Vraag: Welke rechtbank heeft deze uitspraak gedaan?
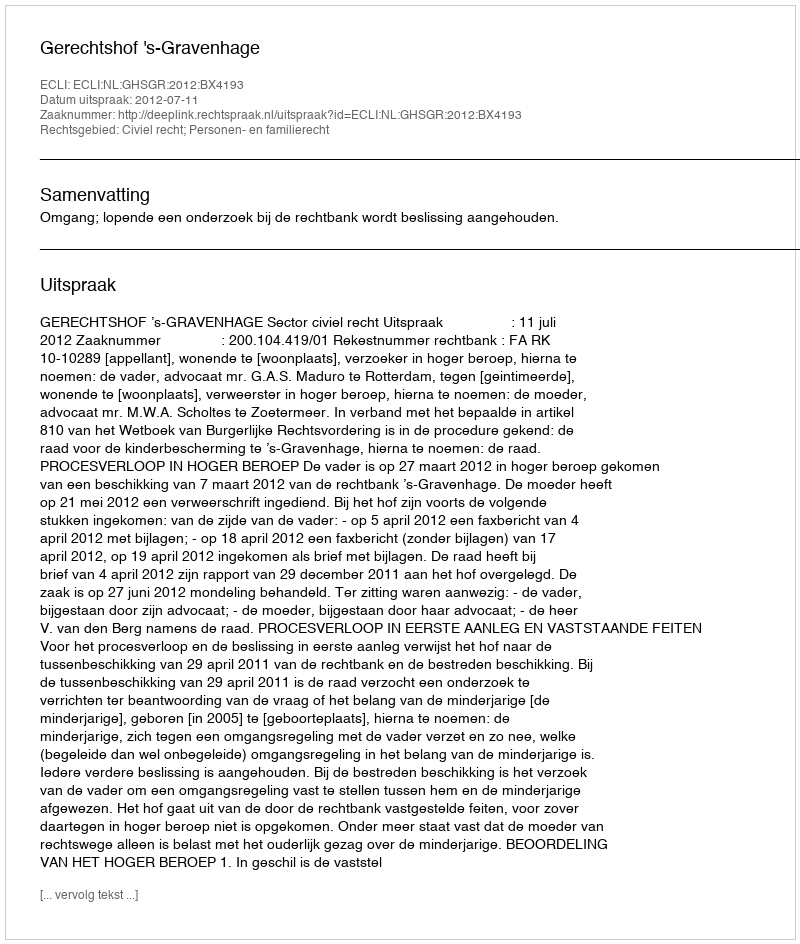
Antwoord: Gerechtshof 's-Gravenhage